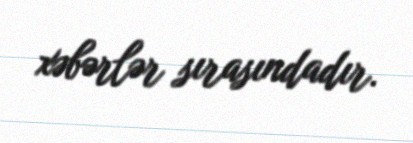
xəbərlər sırasındadır.